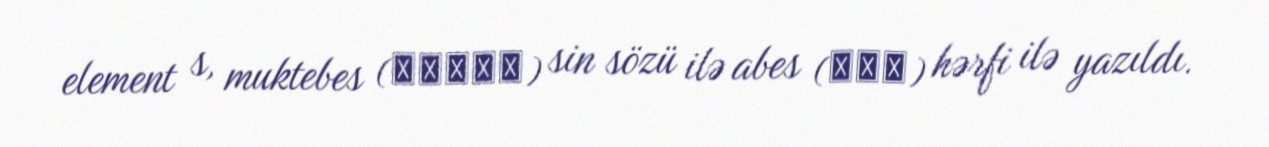
element s, muktebes (مقتبس) sin sözü ilə abes (عبث) hərfi ilə yazıldı.